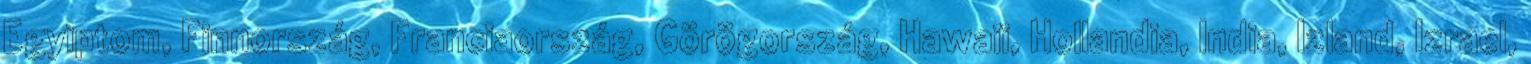
Egyiptom, Finnország, Franciaország, Görögország, Hawaii, Hollandia, India, Izland, Izrael,